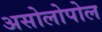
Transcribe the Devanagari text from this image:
असोलोपोल